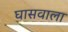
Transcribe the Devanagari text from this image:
घासवाला